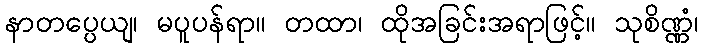
နာတပ္ပေယျ၊ မပူပန်ရာ။ တထာ၊ ထိုအခြင်းအရာဖြင့်။ သုစိဏ္ဏံ၊